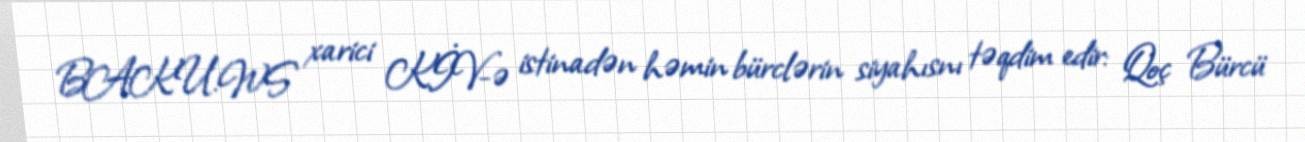
BAKU.WS xarici KİV-ə istinadən həmin bürclərin siyahısnı təqdim edir: Qoç Bürcü